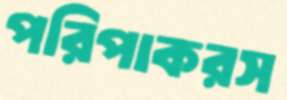
পরিপাকরস